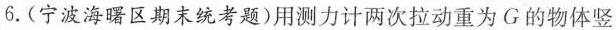
6.(宁波海曙区期末统考题)用测力计两次拉动重为G的物体竖